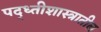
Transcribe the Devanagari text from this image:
पद्ध्तीशास्त्रातील